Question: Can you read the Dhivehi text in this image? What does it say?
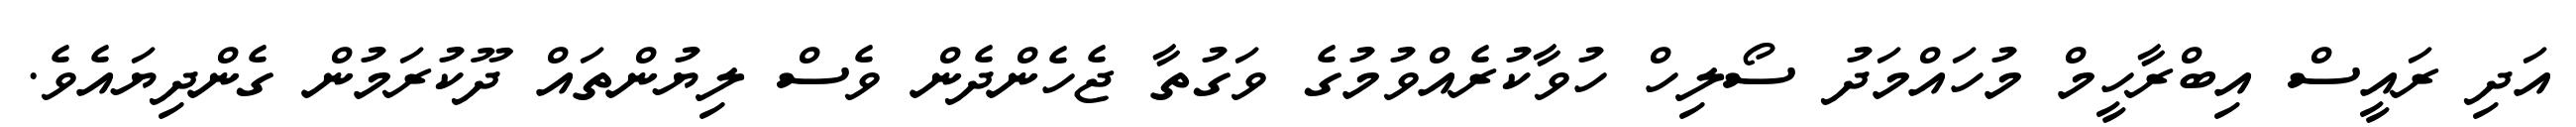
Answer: އަދި ރައީސް އިބްރާހީމް މުހައްމަދު ސޯލިހް ހުވާކުރެއްވުމުގެ ވަގުތާ ޖެހެންދެން ވެސް ލިޔުންތައް ދޫކުރަމުން ގެންދިޔައެވެ.